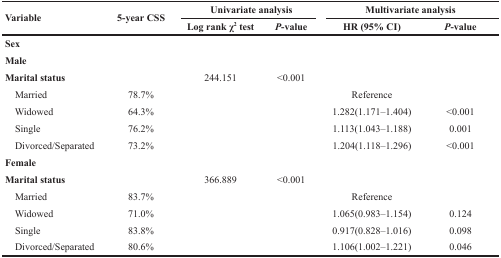
<table><thead><tr><td rowspan="2"><b>Variable</b></td><td rowspan="2"><b>5-year CSS</b></td><td colspan="2"><b>Univariate analysis</b></td><td colspan="2"><b>Multivariate analysis</b></td></tr><tr><td><b>Log rank χ<sup>2</sup> test</b></td><td><b><i>P</i>-value</b></td><td><b>HR (95% CI)</b></td><td><b><i>P</i>-value</b></td></tr></thead><tbody><tr><td><b>Sex</b></td><td></td><td></td><td></td><td></td><td></td></tr><tr><td><b>Male</b></td><td></td><td></td><td></td><td></td><td></td></tr><tr><td><b>Marital status</b></td><td></td><td>244.151</td><td>&lt;0.001</td><td></td><td></td></tr><tr><td> Married</td><td>78.7%</td><td></td><td></td><td>Reference</td><td></td></tr><tr><td> Widowed</td><td>64.3%</td><td></td><td></td><td>1.282(1.171–1.404)</td><td>&lt;0.001</td></tr><tr><td> Single</td><td>76.2%</td><td></td><td></td><td>1.113(1.043–1.188)</td><td>0.001</td></tr><tr><td> Divorced/Separated</td><td>73.2%</td><td></td><td></td><td>1.204(1.118–1.296)</td><td>&lt;0.001</td></tr><tr><td><b>Female</b></td><td></td><td></td><td></td><td></td><td></td></tr><tr><td><b>Marital status</b></td><td></td><td>366.889</td><td>&lt;0.001</td><td></td><td></td></tr><tr><td> Married</td><td>83.7%</td><td></td><td></td><td>Reference</td><td></td></tr><tr><td> Widowed</td><td>71.0%</td><td></td><td></td><td>1.065(0.983–1.154)</td><td>0.124</td></tr><tr><td> Single</td><td>83.8%</td><td></td><td></td><td>0.917(0.828–1.016)</td><td>0.098</td></tr><tr><td> Divorced/Separated</td><td>80.6%</td><td></td><td></td><td>1.106(1.002–1.221)</td><td>0.046</td></tr></tbody></table>